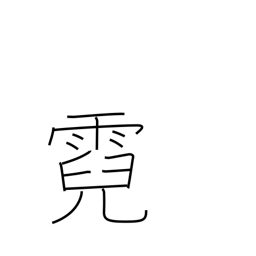
Meaning: rainbow